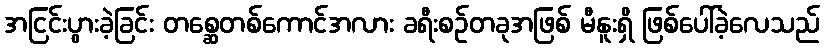
အငြင်းပွားခဲ့ခြင်း တစ္ဆေတစ်ကောင်အလား ခရီးစဉ်တခုအဖြစ် မီနူးရှိ ဖြစ်ပေါ်ခဲ့လေသည်